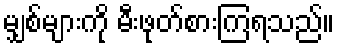
မျှစ်များကို မီးဖုတ်စားကြရသည်။